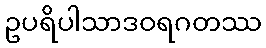
ဥပရိပါသာဒဝရဂတဿ